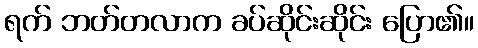
ရက် ဘတ်တလာက ခပ်ဆိုင်းဆိုင်း ပြော၏။